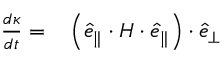
\begin{array} { r l } { \frac { d \kappa } { d t } = } & { { } \left( \boldsymbol { \hat { e } } _ { \parallel } \cdot \boldsymbol { H } \cdot \boldsymbol { \hat { e } } _ { \parallel } \right) \cdot \boldsymbol { \hat { e } } _ { \perp } } \end{array}